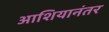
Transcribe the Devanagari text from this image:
आशियानंतर